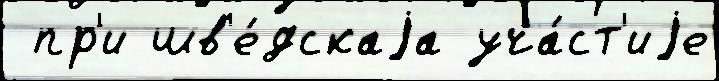
 пр'и шв'е́дскаjа уча́ст'иjе